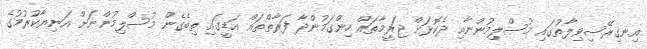
އިނގިރޭސިވިލާތުގައި މުސްލިމުންނާއި ދެކޮޅަށް ޖަރީމާތައް ހިންގަމުންދާ ފަރާތްތައް އަޑީގައި ތިބެގެން މުސްލިމުންނަށް އަނިޔާކުރުމުގެ